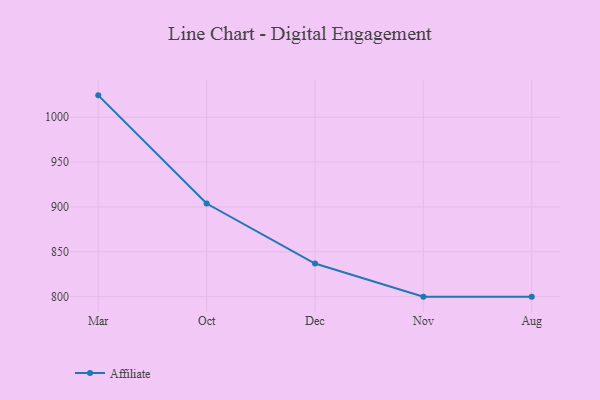
{"axis": {"x": "Month", "y": "Budget (USD K)"}, "legend": ["Affiliate"], "data": [{"x": "Mar", "y": 1024.4, "type": "Affiliate"}, {"x": "Oct", "y": 903.8, "type": "Affiliate"}, {"x": "Dec", "y": 836.9, "type": "Affiliate"}, {"x": "Nov", "y": 800, "type": "Affiliate"}, {"x": "Aug", "y": 800, "type": "Affiliate"}]}